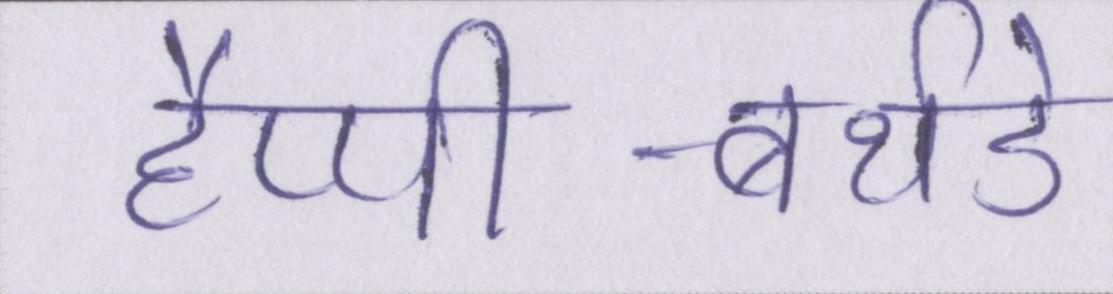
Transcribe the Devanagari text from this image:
हैप्पी-बर्थडे